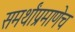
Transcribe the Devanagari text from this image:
समर्थांप्रमाणेच